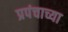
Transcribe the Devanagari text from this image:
प्रपंचाच्या